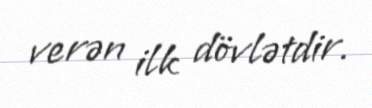
verən ilk dövlətdir.